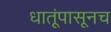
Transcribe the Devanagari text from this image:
धातूंपासूनच